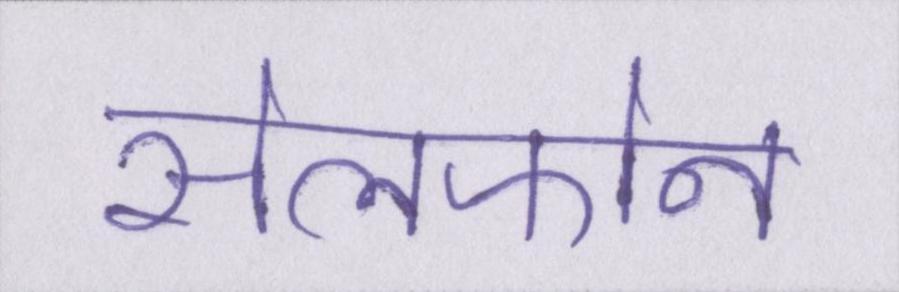
सेलफोन